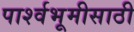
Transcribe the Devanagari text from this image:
पार्श्वभूमीसाठी